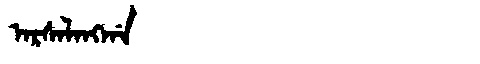
Manchu: ᠠᡵᠰᠠᠯᠠᠩᡤᠠ
Romanization: ARSALANGGA